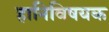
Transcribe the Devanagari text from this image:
हानिविषयक